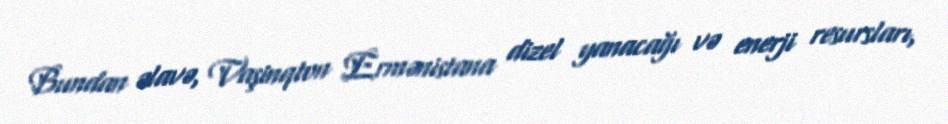
Bundan əlavə, Vaşinqton Ermənistana dizel yanacağı və enerji resursları,